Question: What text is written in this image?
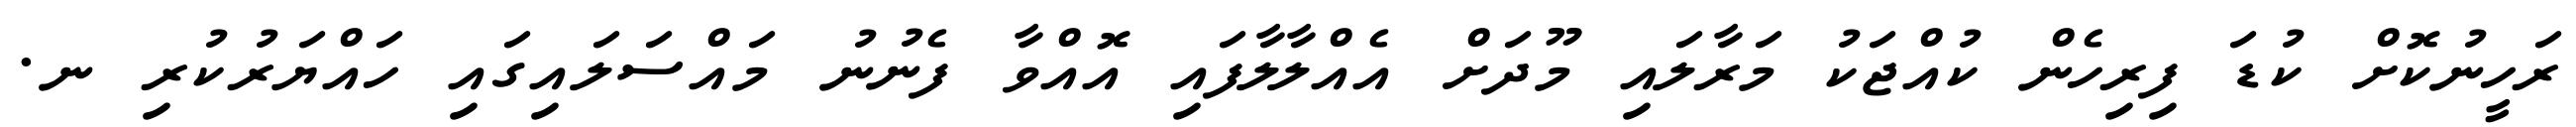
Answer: ރަހީނުކޮށް ކުޑަ ފިރިހެން ކުއްޖަކު މަރާލައި މޫދަށް އެއްލާލާފައި އޮއްވާ ފެނުނު މައްސަލައިގައި ހައްޔަރުކުރި ނ.